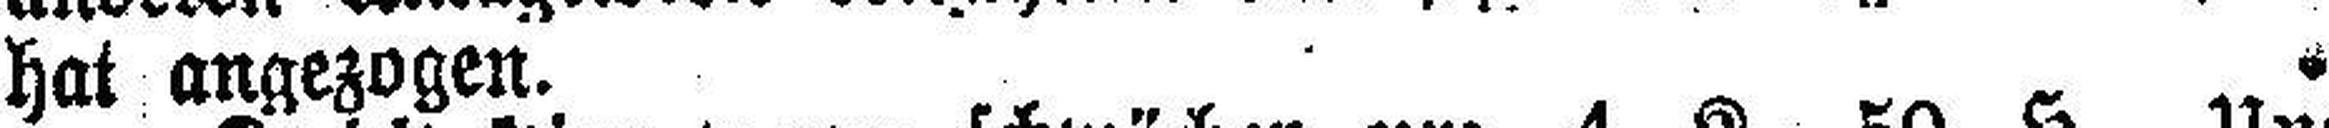
hat angezogen.